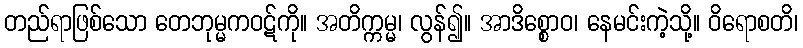
တည်ရာဖြစ်သော တေဘုမ္မကဝဋ်ကို။ အတိက္ကမ္မ၊ လွန်၍။ အာဒိစ္စောဝ၊ နေမင်းကဲ့သို့။ ဝိရောစတိ၊